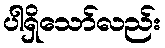
ပါရှိသော်လည်း